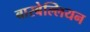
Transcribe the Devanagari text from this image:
बारबेल्लियन